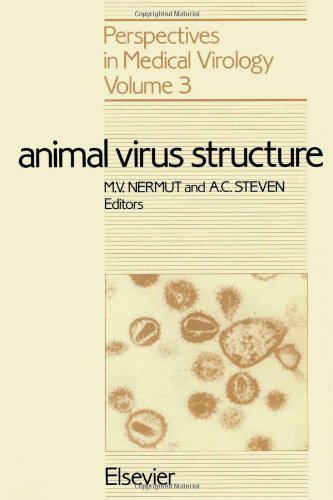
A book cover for Animal Virus Structure (Perspectives in Medical Virology); M. V. Nermut; Medical Books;